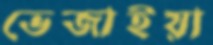
ভেজাইয়া